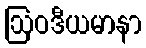
ဩဝဒီယမာနာ